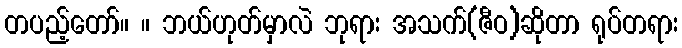
တပည့်တော်။ ။ ဘယ်ဟုတ်မှာလဲ ဘုရား အသက်(ဇီဝ)ဆိုတာ ရုပ်တရား